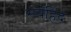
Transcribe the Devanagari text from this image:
सर्वहिंद